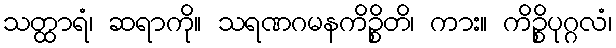
သတ္ထာရံ၊ ဆရာကို။ သရဏဂမနကိဉ္စိတိ၊ ကား။ ကိဉ္စိပုဂ္ဂလံ၊